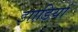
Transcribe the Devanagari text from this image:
झाडि़यां